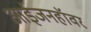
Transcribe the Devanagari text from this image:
आईजनहॉवर